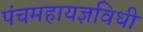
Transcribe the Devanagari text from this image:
पंचमहायज्ञविधी